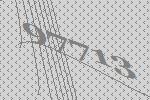
97713